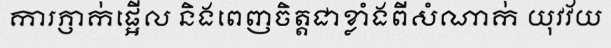
ការភ្ញាក់ផ្អើល និងពេញចិត្តជាខ្លាំងពីសំណាក់ យុវវ័យ